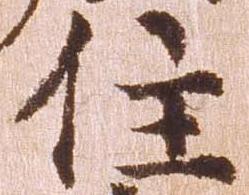
住